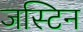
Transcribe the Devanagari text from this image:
जस्‍टिन